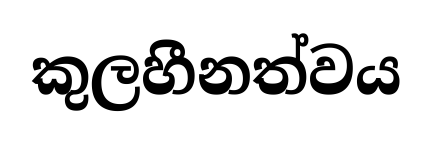
කුලහීනත්වය